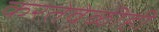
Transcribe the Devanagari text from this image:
करतेवेळीही